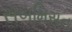
સબમિસન